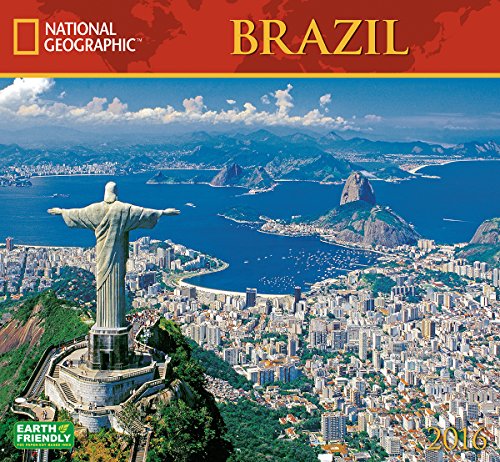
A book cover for Brazil National Geographic 2016 Wall Calendar; National Geographic Society; Travel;